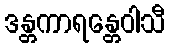
ဒန္တကာရန္တေဝါသီ